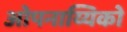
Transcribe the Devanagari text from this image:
ओपनाय्यिको